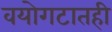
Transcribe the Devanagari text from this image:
वयोगटातही